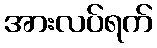
အားလပ်ရက်